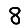
Digit: 8